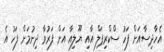
އެހާދިސާއަަށް ފަހު ސްކްރިޕަލް އާއި ޔޫލިއާ އަށް ފަރުވާ ދިނުމަށް ފަހު އެ